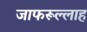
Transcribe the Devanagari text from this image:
जाफरूल्लाह